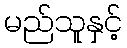
မည်သူနှင့်